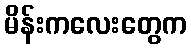
မိန်းကလေးတွေက